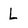
Character: L